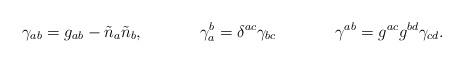
LaTeX: \begin{align*} \gamma_{ab} = g_{ab} - \tilde{n}_a \tilde{n}_b, && \gamma_a^b = \delta^{ac} \gamma_{bc} && \gamma^{ab} = g^{ac}g^{bd} \gamma_{cd}. \end{align*}